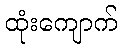
ထုံးကျောက်